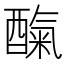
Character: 𮠼